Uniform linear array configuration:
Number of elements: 8
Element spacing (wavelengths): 0.25
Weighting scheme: cosine
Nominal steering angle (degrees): -45
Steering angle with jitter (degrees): -44.41
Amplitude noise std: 0.05
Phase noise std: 0.05

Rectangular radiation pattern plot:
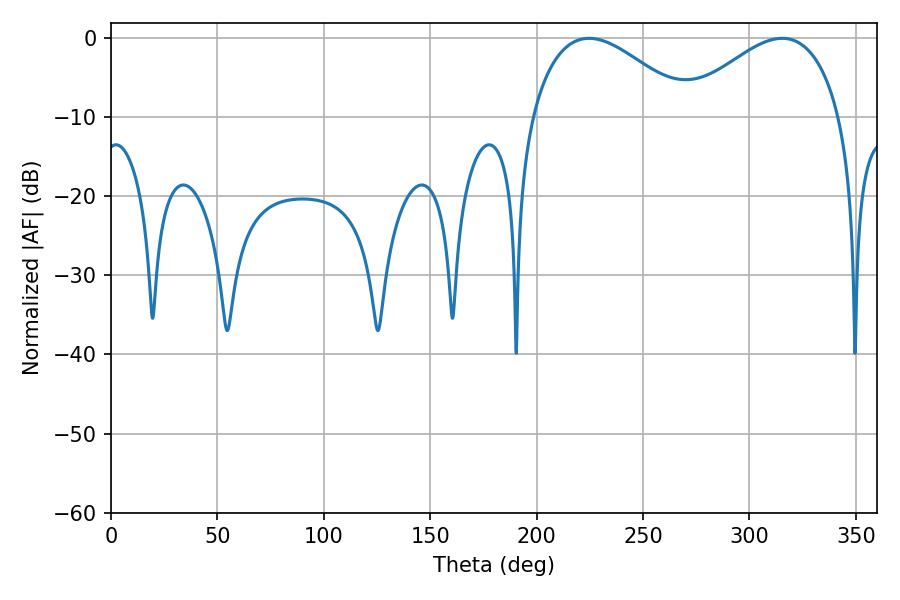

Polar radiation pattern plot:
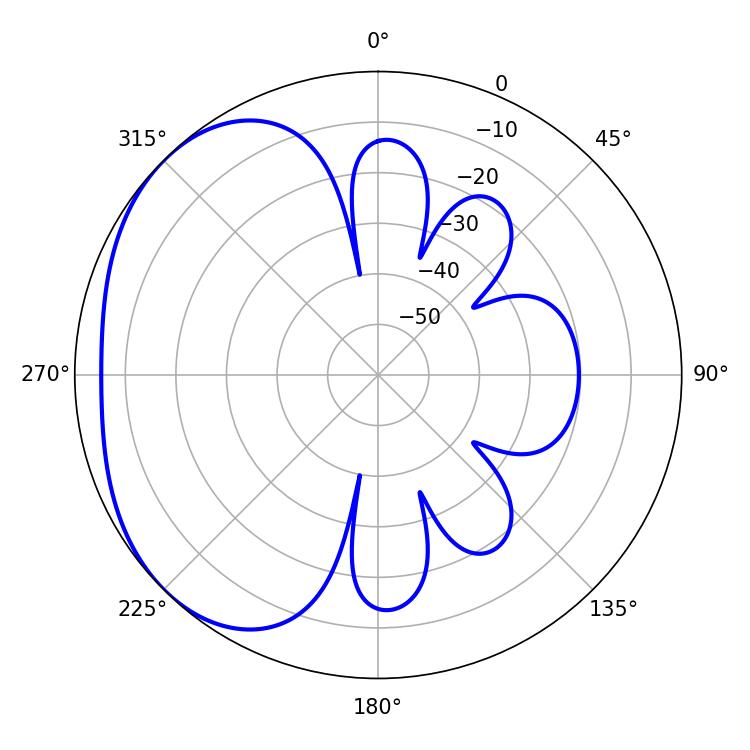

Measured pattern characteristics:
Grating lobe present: FALSE
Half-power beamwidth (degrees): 40.68
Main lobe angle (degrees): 224.64